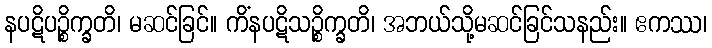
နပဋိပဉ္စိက္ခတိ၊ မဆင်ခြင်။ ကိံနပဋိသဉ္စိက္ခတိ၊ အဘယ်သို့မဆင်ခြင်သနည်း။ ဧကဿ၊